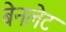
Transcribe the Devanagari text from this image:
बेनलेट